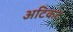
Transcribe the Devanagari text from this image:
अटिकट